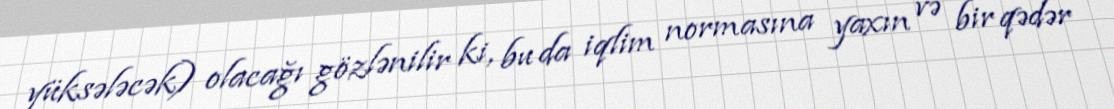
yüksələcək) olacağı gözlənilir ki, bu da iqlim normasına yaxın və bir qədər